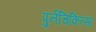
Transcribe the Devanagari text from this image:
पुर्नचिकित्सा